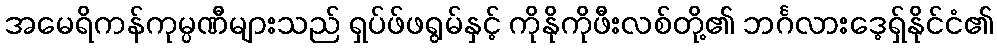
အမေရိကန်ကုမ္ပဏီများသည် ရှပ်ဖ်ဖရွမ်နှင့် ကိုနိုကိုဖီးလစ်တို့၏ ဘင်္ဂလားဒေ့ရှ်နိုင်ငံ၏